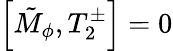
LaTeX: \left[\tilde{M}_{\phi},T_{2}^{\pm}\right]=0